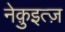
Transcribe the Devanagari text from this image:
नेक़ुइत्ज़